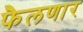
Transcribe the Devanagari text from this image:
फैलणार